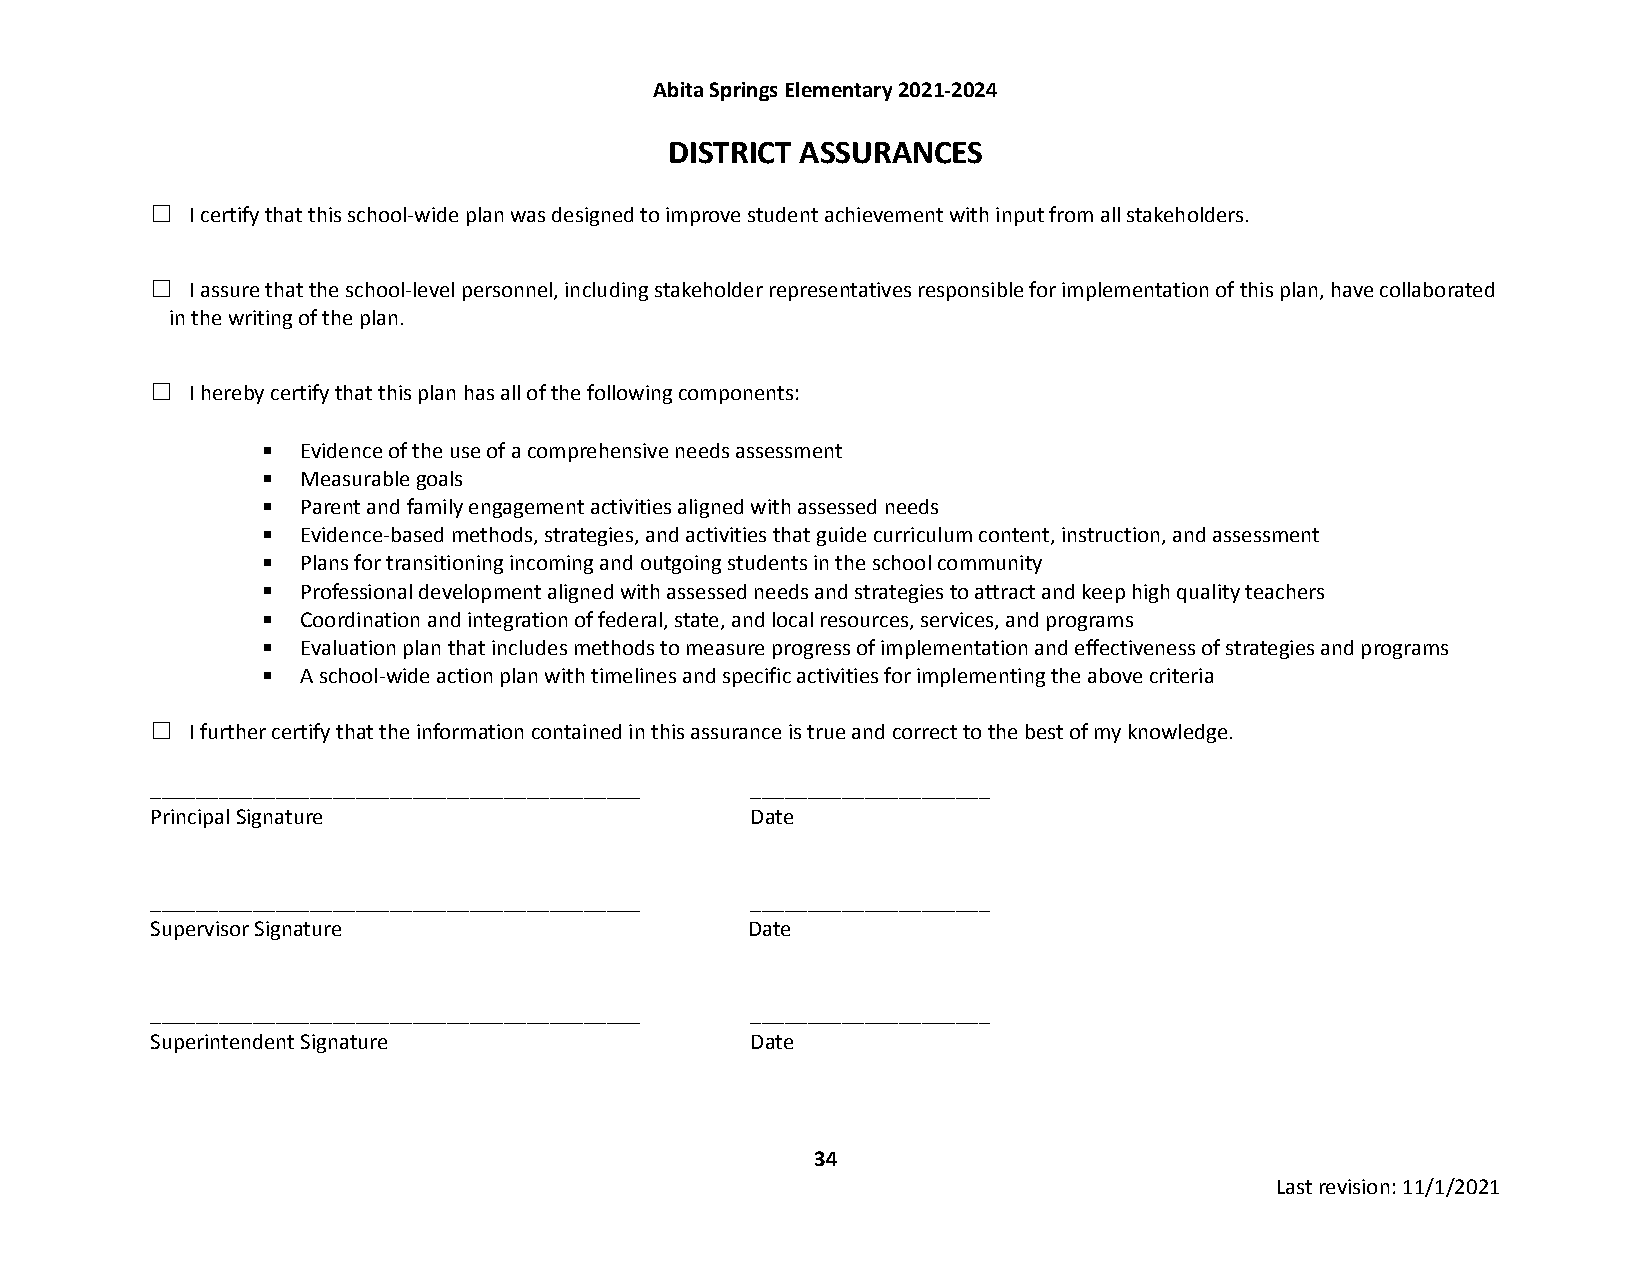
Abita Springs Elementary 2021-2024
 DISTRICT ASSURANCES
 ☐  I certify that this school-wide plan was designedto improve student achievement with input from all stakeholders.
 ☐  I assure that the school-level personnel, includingstakeholder representatives responsible for implementation of this plan, have collaborated
 in the writing of the plan.
 ☐  I hereby certify that this plan has all of thefollowing components:
 ▪  Evidence of the use of a comprehensive needs assessment
 ▪  Measurable goals
 ▪  Parent and family engagement activities aligned with assessed needs
 ▪  Evidence-based methods, strategies, and activities that guide curriculum content, instruction, and assessment
 ▪  Plans for transitioning incoming and outgoing students in the school community
 ▪  Professional development aligned with assessed needs and strategies to attract and keep high quality teachers
 ▪  Coordination and integration of federal, state, and local resources, services, and programs
 ▪  Evaluation plan that includes methods to measure progress of implementation and effectiveness of strategies and programs
 ▪  A school-wide action plan with timelines and specific activities for implementing the above criteria
 ☐  I further certify that the information containedin this assurance is true and correct to the best of my knowledge.
 ___________________________________________ _____________________
 Principal Signature                     Date
 ___________________________________________ _____________________
 Supervisor Signature                   Date
 ___________________________________________ _____________________
 Superintendent Signature                Date
 34
 Last revision: 11/1/2021